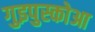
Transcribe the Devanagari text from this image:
गुइपुस्कोआ